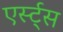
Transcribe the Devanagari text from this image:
एर्स्ट्स